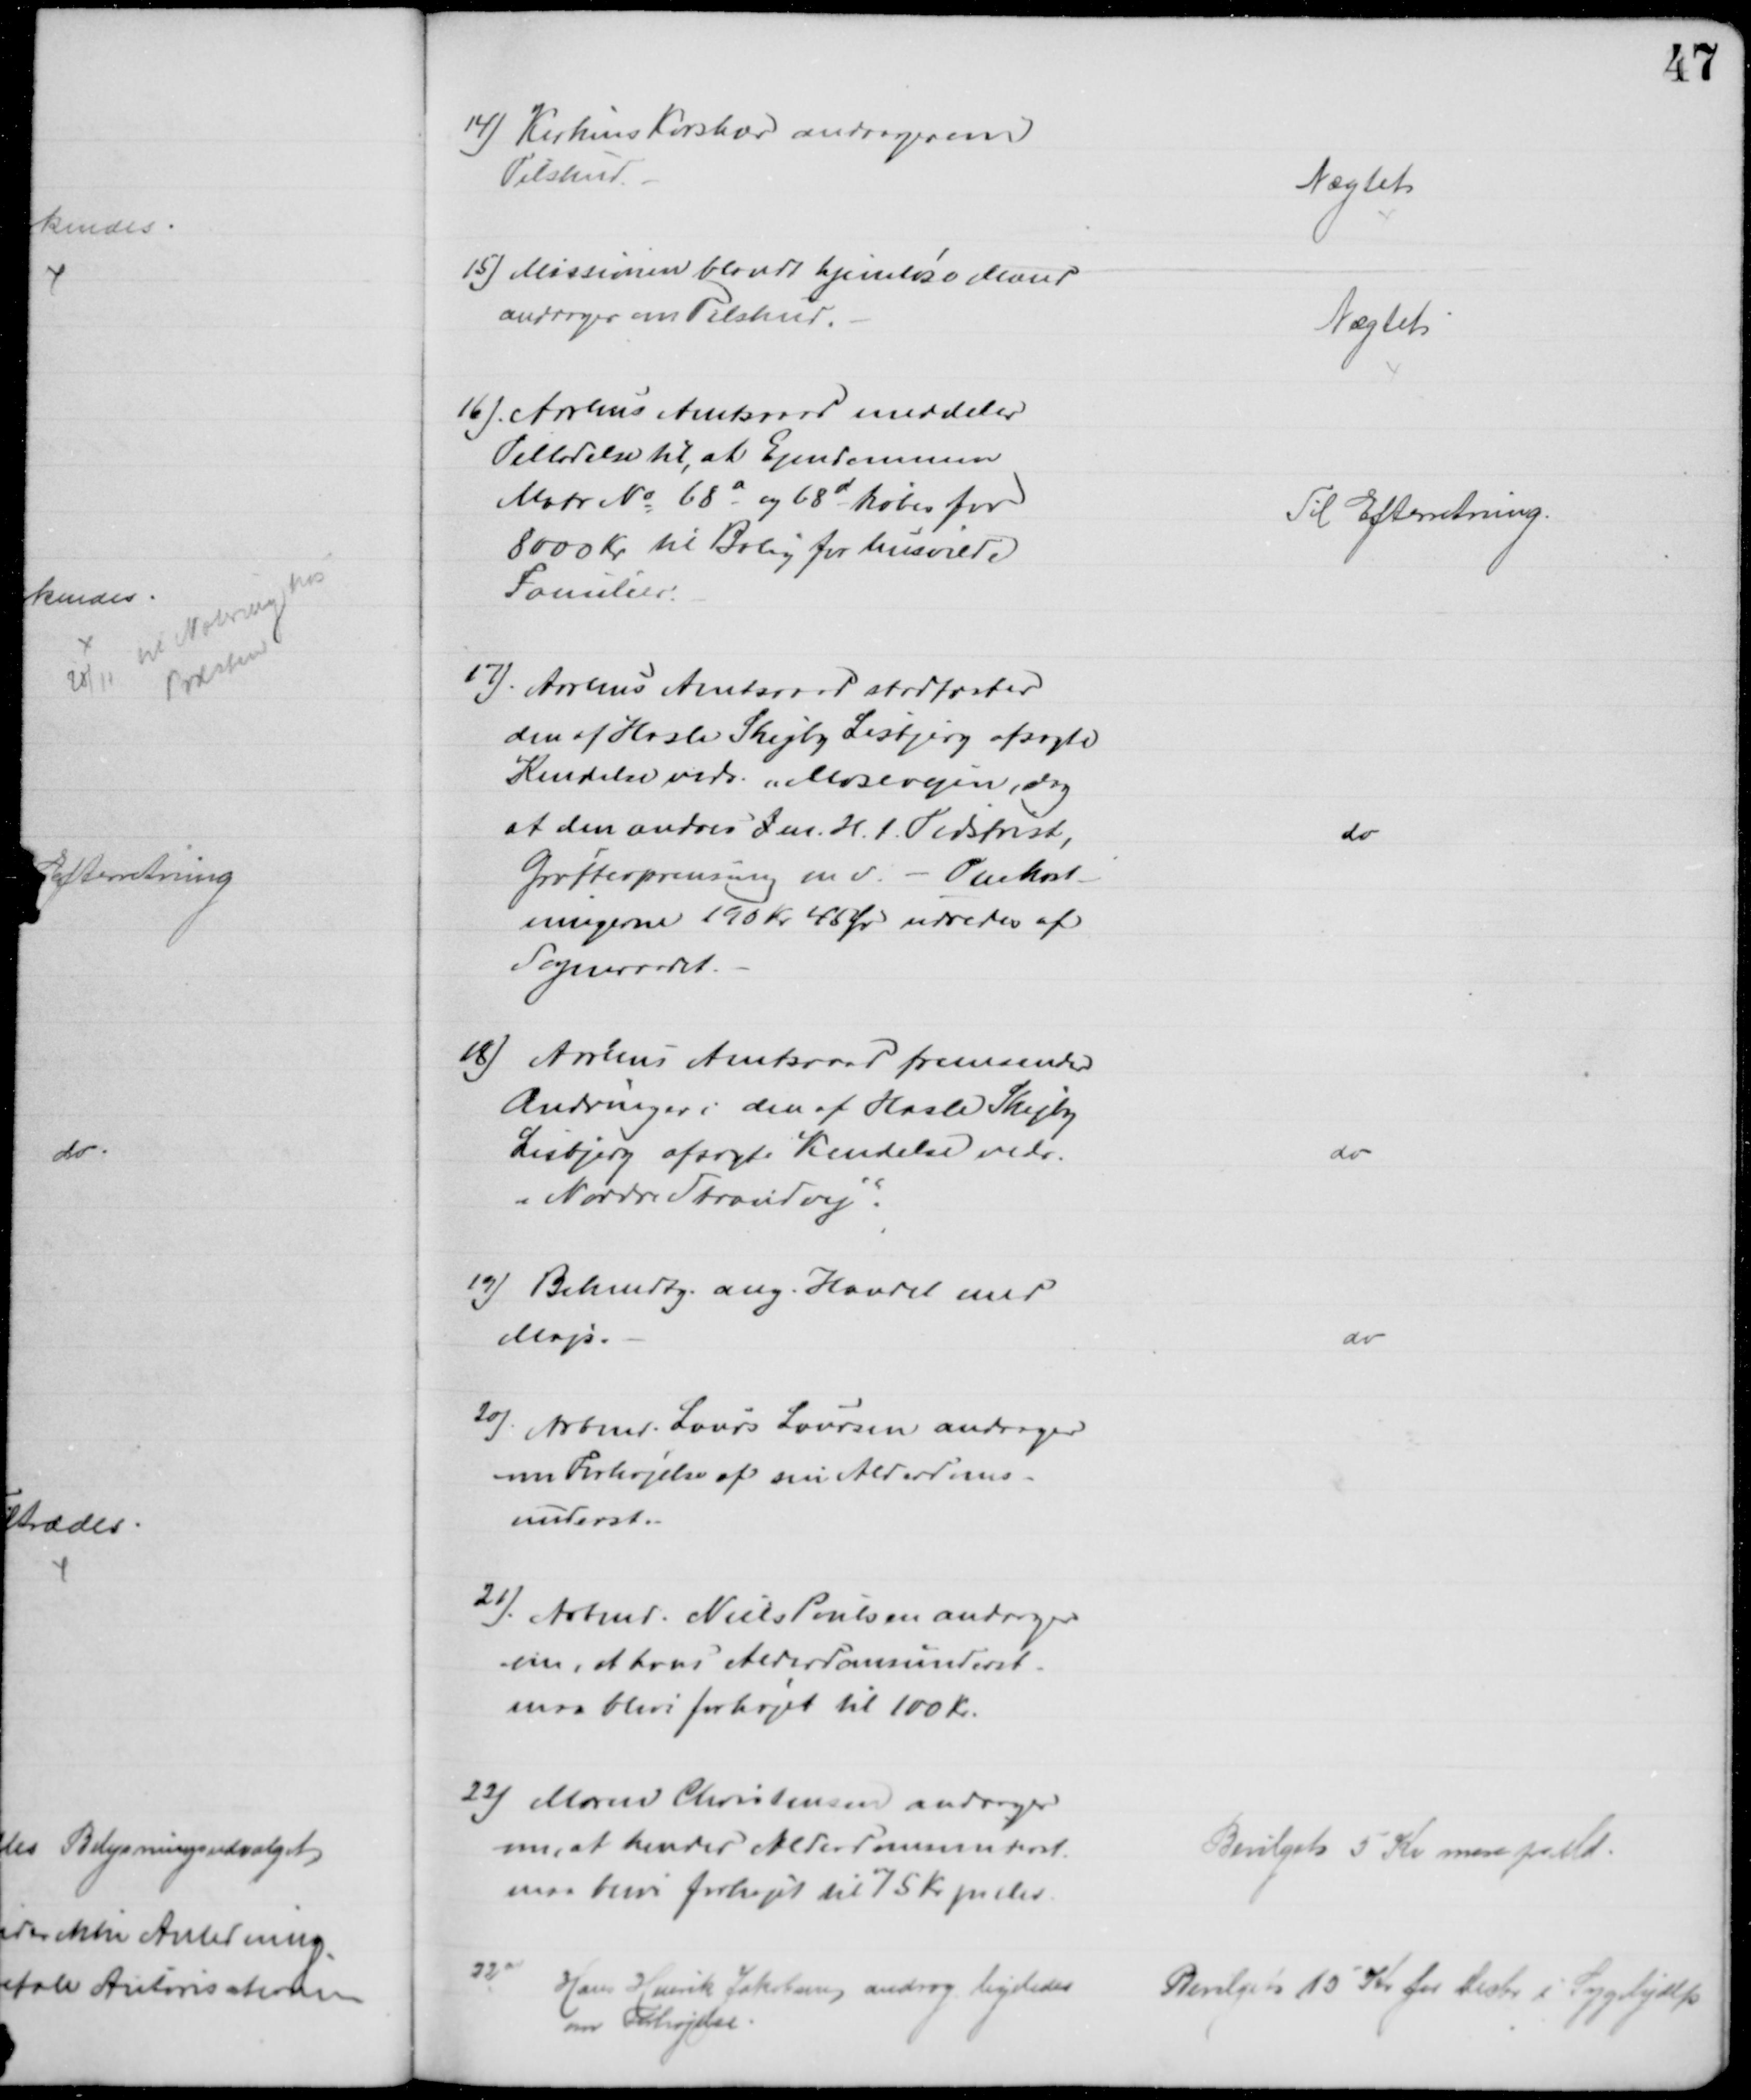
Transskription:
14) Kirkens Korshær andrager om
Tilskud
Nægtet
15) Missionen blandt hjemløse Mænd
andrager om Tilskud.
Nægtet
16). Aarhus Amtsraad meddeler
Tilladelse til, at Ejendommen
Matr № 68a og 68d købes for
8000 Kr til Bolig for husvilde
Familier.
Til Efterretning.
17). Aarhus Amtsraad stadfæster
den af Hasle Skejby Lisbjerg afsagte
Kendelse vedr. Mosevejen, dog
at den ændres I m. H. t. Tidsfrist,
Grøfteoprensning m v. - Omkost-
ningerne 190 Kr 45 Ør udredes af
Sogneraadet.
do
1) Aarhus Amtsraad fremsender
Ændringer i den af Hasle Skejby
Lisbjerg afsagte Kendelse vedr.
"Nordre Strandvej".
do
19) Bekendtg. ang. Handel med
Majs.
do
20). Arbmd. Laurs Laursen andrager
om Forhøjelse af sin Alderdoms-
underst.
21) Arbmd. Niels Poulsen andrager
om, at hans Alderdomsunderst.
maa blive forhøjet til 100 Kr.
22) Maren Christensen andrager
om, at hendes Alderdomsunderst.
maa blive forhøjet til 75 Kr. pr. Md
Bevilget 5 Kr mere pr Md.
23)
Hans Henrik Jakobsen androg ligeledes
om Forhøjelse.
Bevilget 15 Kr for Decbr i Sygehjælp